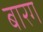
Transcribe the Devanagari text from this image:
बारग